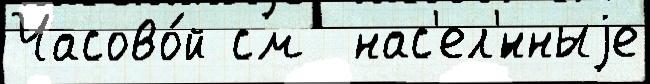
Часово́й см  нас'ел'́нныjе